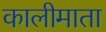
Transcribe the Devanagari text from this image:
कालीमाता